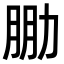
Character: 𠡮